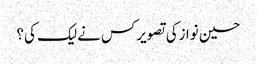
حسین نوازکی تصویرکس نےلیک کی؟